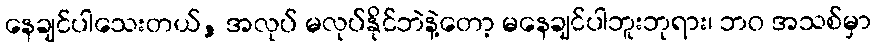
နေချင်ပါသေးတယ်, အလုပ် မလုပ်နိုင်ဘဲနဲ့တော့ မနေချင်ပါဘူးဘုရား၊ ဘဝ အသစ်မှာ